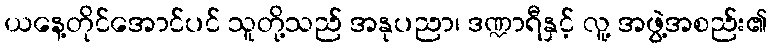
ယနေ့တိုင်အောင်ပင် သူတို့သည် အနုပညာ၊ ဒဏ္ဍာရီနှင့် လူ့ အဖွဲ့အစည်း၏